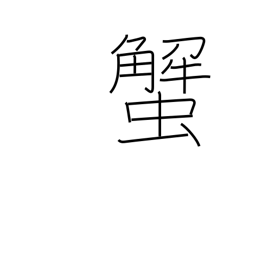
Meaning: crab